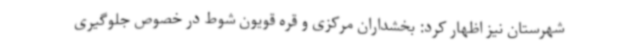
شهرستان نیز اظهار کرد: بخشداران مرکزی و قره قویون شوط در خصوص جلوگیری